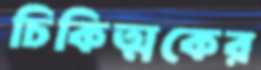
চিকিত্মকের